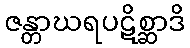
ဇန္တာဃရပဋိစ္ဆာဒိ